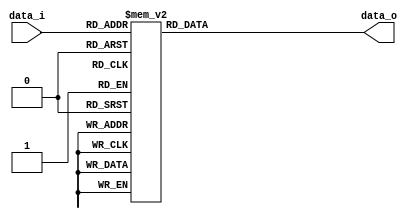
//@@@@@@@@@@@@@@@@@@@@@@@@@@@@@@@@@@@@@@@@@@@@@@@@@@@@@@@@@@@@@@@@//
// Design Name: Present Cipher S-BOX                              //
// Module Name: sbox                                              //
// Language:    Verilog                                           //
//         Digital Systems Lab                                    //
//         Ferdowsi University of Mashhad, Iran                   //
//         http://commeng.um.ac.ir/dslab                          //
//@@@@@@@@@@@@@@@@@@@@@@@@@@@@@@@@@@@@@@@@@@@@@@@@@@@@@@@@@@@@@@@@//
//                                                                //
// This source file may be used and distributed without           //
// restriction provided that this copyright statement is not      //
// removed from the file and that any derivative work contains    //
// the original copyright notice and the associated disclaimer.   //
//                                                                //
// This source file is free software; you can redistribute it     //
// and/or modify it under the terms of the GNU Lesser General     //
// Public License as published by the Free Software Foundation;   //
// either version 2.1 of the License, or (at your option) any     //
// later version.                                                 //
//                                                                //
// This source is distributed in the hope that it will be         //
// useful, but WITHOUT ANY WARRANTY; without even the implied     //
// warranty of MERCHANTABILITY or FITNESS FOR A PARTICULAR        //
// PURPOSE. See the GNU Lesser General Public License for more    //
// details.                                                       //
//                                                                //
//@@@@@@@@@@@@@@@@@@@@@@@@@@@@@@@@@@@@@@@@@@@@@@@@@@@@@@@@@@@@@@@@//

module sbox (data_o,data_i);

//- Module IOs ----------------------------------------------------------------

output reg [3:0] data_o;
input  wire [3:0] data_i;

//- Continuous Assigments------------------------------------------------------

always @(data_i)
    case (data_i)
        4'h0 : data_o = 4'hC;
        4'h1 : data_o = 4'h5;
        4'h2 : data_o = 4'h6;
        4'h3 : data_o = 4'hB;
        4'h4 : data_o = 4'h9;
        4'h5 : data_o = 4'h0;
        4'h6 : data_o = 4'hA;
        4'h7 : data_o = 4'hD;
        4'h8 : data_o = 4'h3;
        4'h9 : data_o = 4'hE;
        4'hA : data_o = 4'hF;
        4'hB : data_o = 4'h8;
        4'hC : data_o = 4'h4;
        4'hD : data_o = 4'h7;
        4'hE : data_o = 4'h1;
        4'hF : data_o = 4'h2;
    endcase 

//-----------------------------------------------------------------------------
endmodule